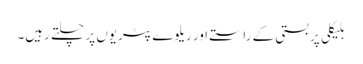
بلیکلی پر بستی کے راستے اور ریلوے پٹریوں پر چلتے رہیں۔